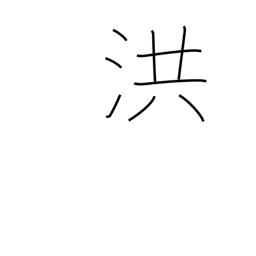
Meaning: flood